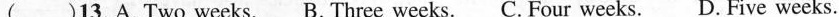
( )13.A. Two weeks. B. Three weeks.C. Four weeks. D. Five weeks.